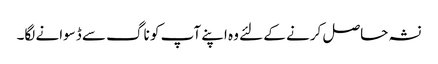
نشہ حاصل کرنے کے لئے وہ اپنے آپ کو ناگ سے ڈسوانے لگا۔